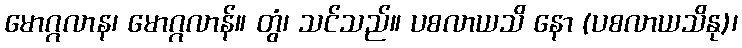
မောဂ္ဂလာန၊ မောဂ္ဂလာန်။ တွံ၊ သင်သည်။ ပစလာယသိ နော (ပစလာယသိနု)၊